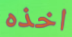
اخذه